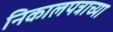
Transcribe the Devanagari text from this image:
निकालपत्राच्या